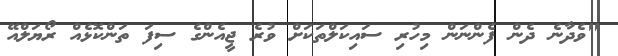
"ވެދާނެ ދެން ފެންނަން މިހުރި ސައިކަލްތަކަށް ވުރެ ޖީއެންގެ ސިފަ ތަންކޮޅެއް ރޯޔަލްއޭ